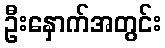
ဦးနှောက်အတွင်း